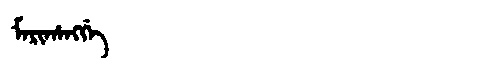
Manchu: ᠮᠠᡵᡳᡥᠠᠩᡤᡝ
Romanization: MARIHANGGE